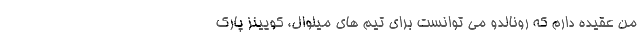
من عقیده دارم که رونالدو می توانست برای تیم های میلوال، کویینز پارک